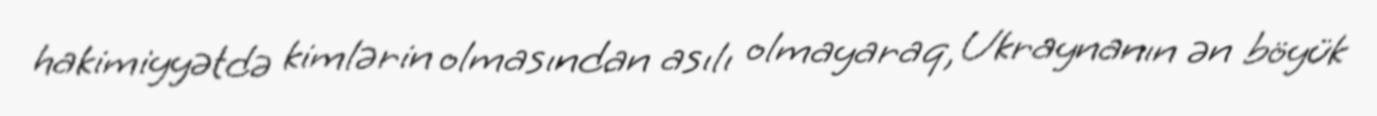
hakimiyyətdə kimlərin olmasından asılı olmayaraq, Ukraynanın ən böyük